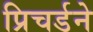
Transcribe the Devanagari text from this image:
प्रिचर्डने